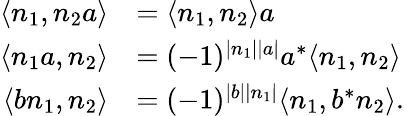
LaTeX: \begin{array}{rl}{\langle n_{1},n_{2}a\rangle}&{=\langle n_{1},n_{2}\rangle a}\\ {\langle n_{1}a,n_{2}\rangle}&{=(-1)^{|n_{1}||a|}a^{*}\langle n_{1},n_{2}\rangle}\\ {\langle bn_{1},n_{2}\rangle}&{=(-1)^{|b||n_{1}|}\langle n_{1},b^{*}n_{2}\rangle.}\end{array}